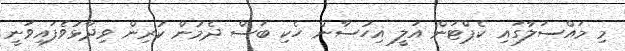
މި މައްސަލާގައި ކެޕްޓަން އަލީ އިހުސާން ހެކި ބަސް ދެމުން ކުރިން ވިދާޅުވެފައިވަނީ